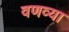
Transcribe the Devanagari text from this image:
वणव्या